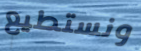
ونستطيع